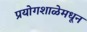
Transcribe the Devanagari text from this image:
प्रयोगशाळेमधून